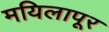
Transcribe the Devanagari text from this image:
मयिलापूर